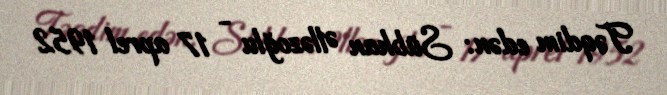
Təqdim edən: Sübhan Əlləzoğlu - 17 aprel 1952